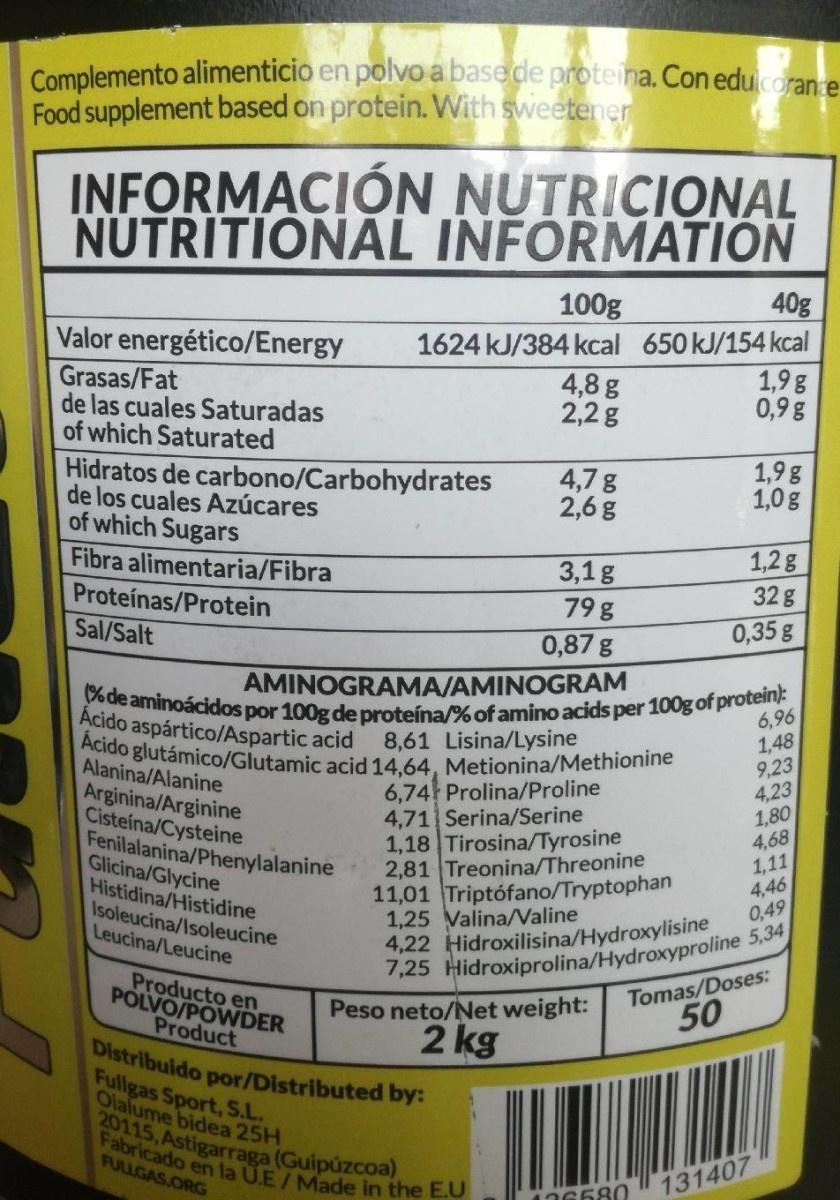
Complemento alimenticio en polvo a basede proteina. Con eduicorante Food supplement based on protein. With sweetener
INFORMACIÓN NUTRICIONAL NUTRITIONAL INFORMATION
100g
40g
1624 kJ/384 kcal 650 kJ/154 kcal 4,8 g 2,2 g
Valor energético/Energy
Grasas/Fat de las cuales Saturadas of which Saturated
1,9g 0,9 g
1,9g 1,0g
Hidratos de carbono/Carbohydrates de los cuales Azúcares of which Sugars Fibra alimentaria/Fibra Proteínas/Protein Sal/Salt
4,7 g 2,6 g
3,1g 79 g
1,2g 32 g 0,35 g
0,87 g
AMINOGRAMA/AMINOGRAM
(% de aminoácidos por 100g de proteína/% ofamino acids per 100g of protein):
6,96 1,48 9,23 4,23 1,80 4,68 1,11 4,46 0,49
Acido aspártico/Aspartic acid
8,61 Lisina/Lysine
Acido glutámico/Glutamic acid 14,64, Metionina/Methionine
Alanina/Alanine Arginina/Arginine Cisteína/Cysteine Fenilalanina/Phenylalanine Glicina/Glycine Histidina/Histidine Isoleucina/Isoleucine Leucina/Leucine
6,74 Prolina/Proline 4,71 Serina/Serine 1,18 Tirosina/Tyrosine 2,81 Treonina/Threonine 11,01 Triptófano/Tryptophan 1,25 Valina/Valine 4,22 Hidroxilisina/Hydroxylisine 7,25 Hidroxiprolina/Hydroxyproline 5,34
Tomas/Doses: 50
Producto en POLVO/POWDER Product Distribuido por/Distributed by: Fullgas Sport, S.L. Olalume bidea 25H
Peso neto/Net weight: 2 kg
20115, Astigarraga (Guipúzcoa)
Fabricado en la U.E/Made in the E.U FULLGAS.ORG
131407